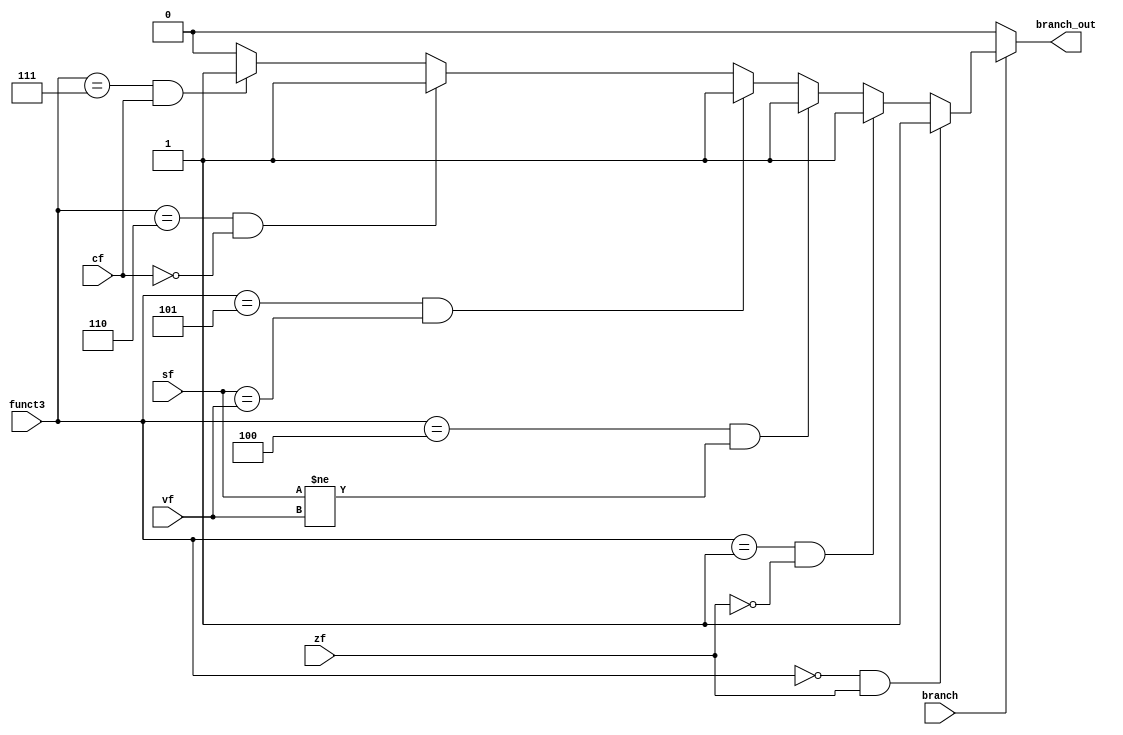
`timescale 1ns / 1ps
/*******************************************************************
*
* Module: branch_control.v
* Project: femtoRV32
* Description: Module to select the implemented branch operation instead of the AND gate.
* Change History:
* 11/12/2023  Module created by Fekry Mohamed, Mario Ghaly, and Freddy Amgad
* 11/19/2023  Fixed capitalization issue in line 8 (b in branch)
*
**********************************************************************/

module branch_control(
	input   wire branch, cf, zf, vf, sf,
    input  wire  [2:0] funct3,
	output  reg  branch_out
);

    always @ (*) begin
        if(branch)
        begin
            if( (funct3==3'b000) && zf ) // BR_BEQ
                branch_out=1;
            else if((funct3==3'b001) && ~zf) //BR_BNE
                branch_out=1;
            else if((funct3==3'b100) && (sf!=vf)) //BR_BLT
                branch_out=1;
            else if((funct3==3'b101) && (sf==vf)) //BR_BGE
                branch_out=1;
            else if((funct3==3'b110) && ~cf) //BR_BLTU
                branch_out=1;
            else if((funct3==3'b111) && cf ) //BR_BGEU *do not handle if both inputs are zeros
                branch_out=1;
            else
                branch_out=0;
         end
        else 
            branch_out=0;
    end


endmodule